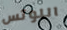
اللوتس